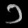
Digit: ၁